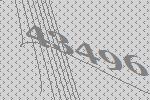
43496